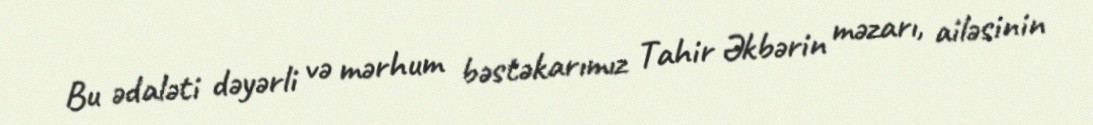
Bu ədaləti dəyərli və mərhum bəstəkarımız Tahir Əkbərin məzarı, ailəsinin